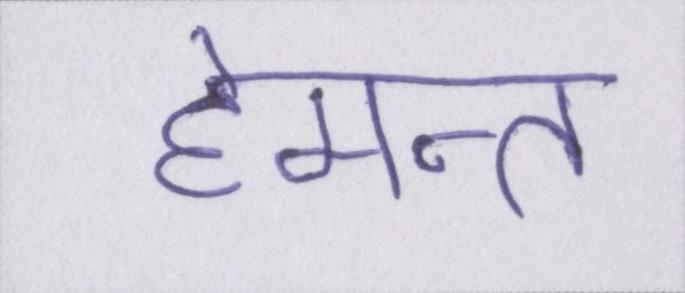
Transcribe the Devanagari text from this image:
हेमन्त